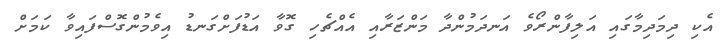
އެކި ދިމަދިމާގައި އަލިފާންރޯވެ އަނދަމުންދާ މަންޒަރާއި އެއްޗެހި ގޮވާ އަޑުފަށްގަނޑު އިވެމުންގޮސްފައިވާ ކަމަށް